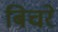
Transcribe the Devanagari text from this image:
बिचरे